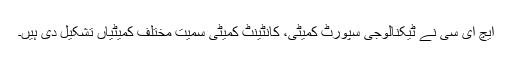
ایچ ای سی نے ٹیکنالوجی سپورٹ کمیٹی، کانٹینٹ کمیٹی سمیت مختلف کمیٹیاں تشکیل دی ہیں۔